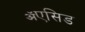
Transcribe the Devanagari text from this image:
ॲएसिड